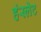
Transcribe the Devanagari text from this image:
हंस्लेट